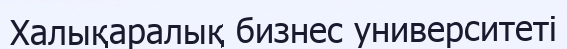
Халықаралық бизнес университеті